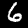
Label: 6